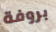
بروفة